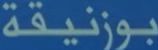
بوزنيقة